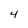
Character: 4